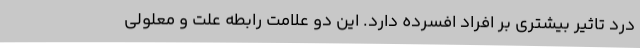
درد تاثیر بیشتری بر افراد افسرده دارد. این دو علامت رابطه علت و معلولی